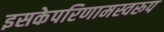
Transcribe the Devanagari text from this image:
इसकेपरिणामस्वरूप